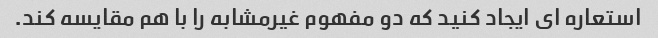
استعاره ای ایجاد کنید که دو مفهوم غیرمشابه را با هم مقایسه کند.